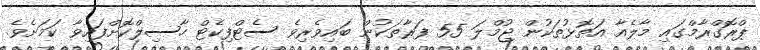
ޕްރޮގްރާމްގައި މާލެއާ އަތޮޅުތަކުން ޖުމްލަ 55 ފަރާތަކުން ބައިވެރިވެ ސެޓްފިކެޓް ހާސިލްކޮށްފައިވާ ކަމަށެވެ.